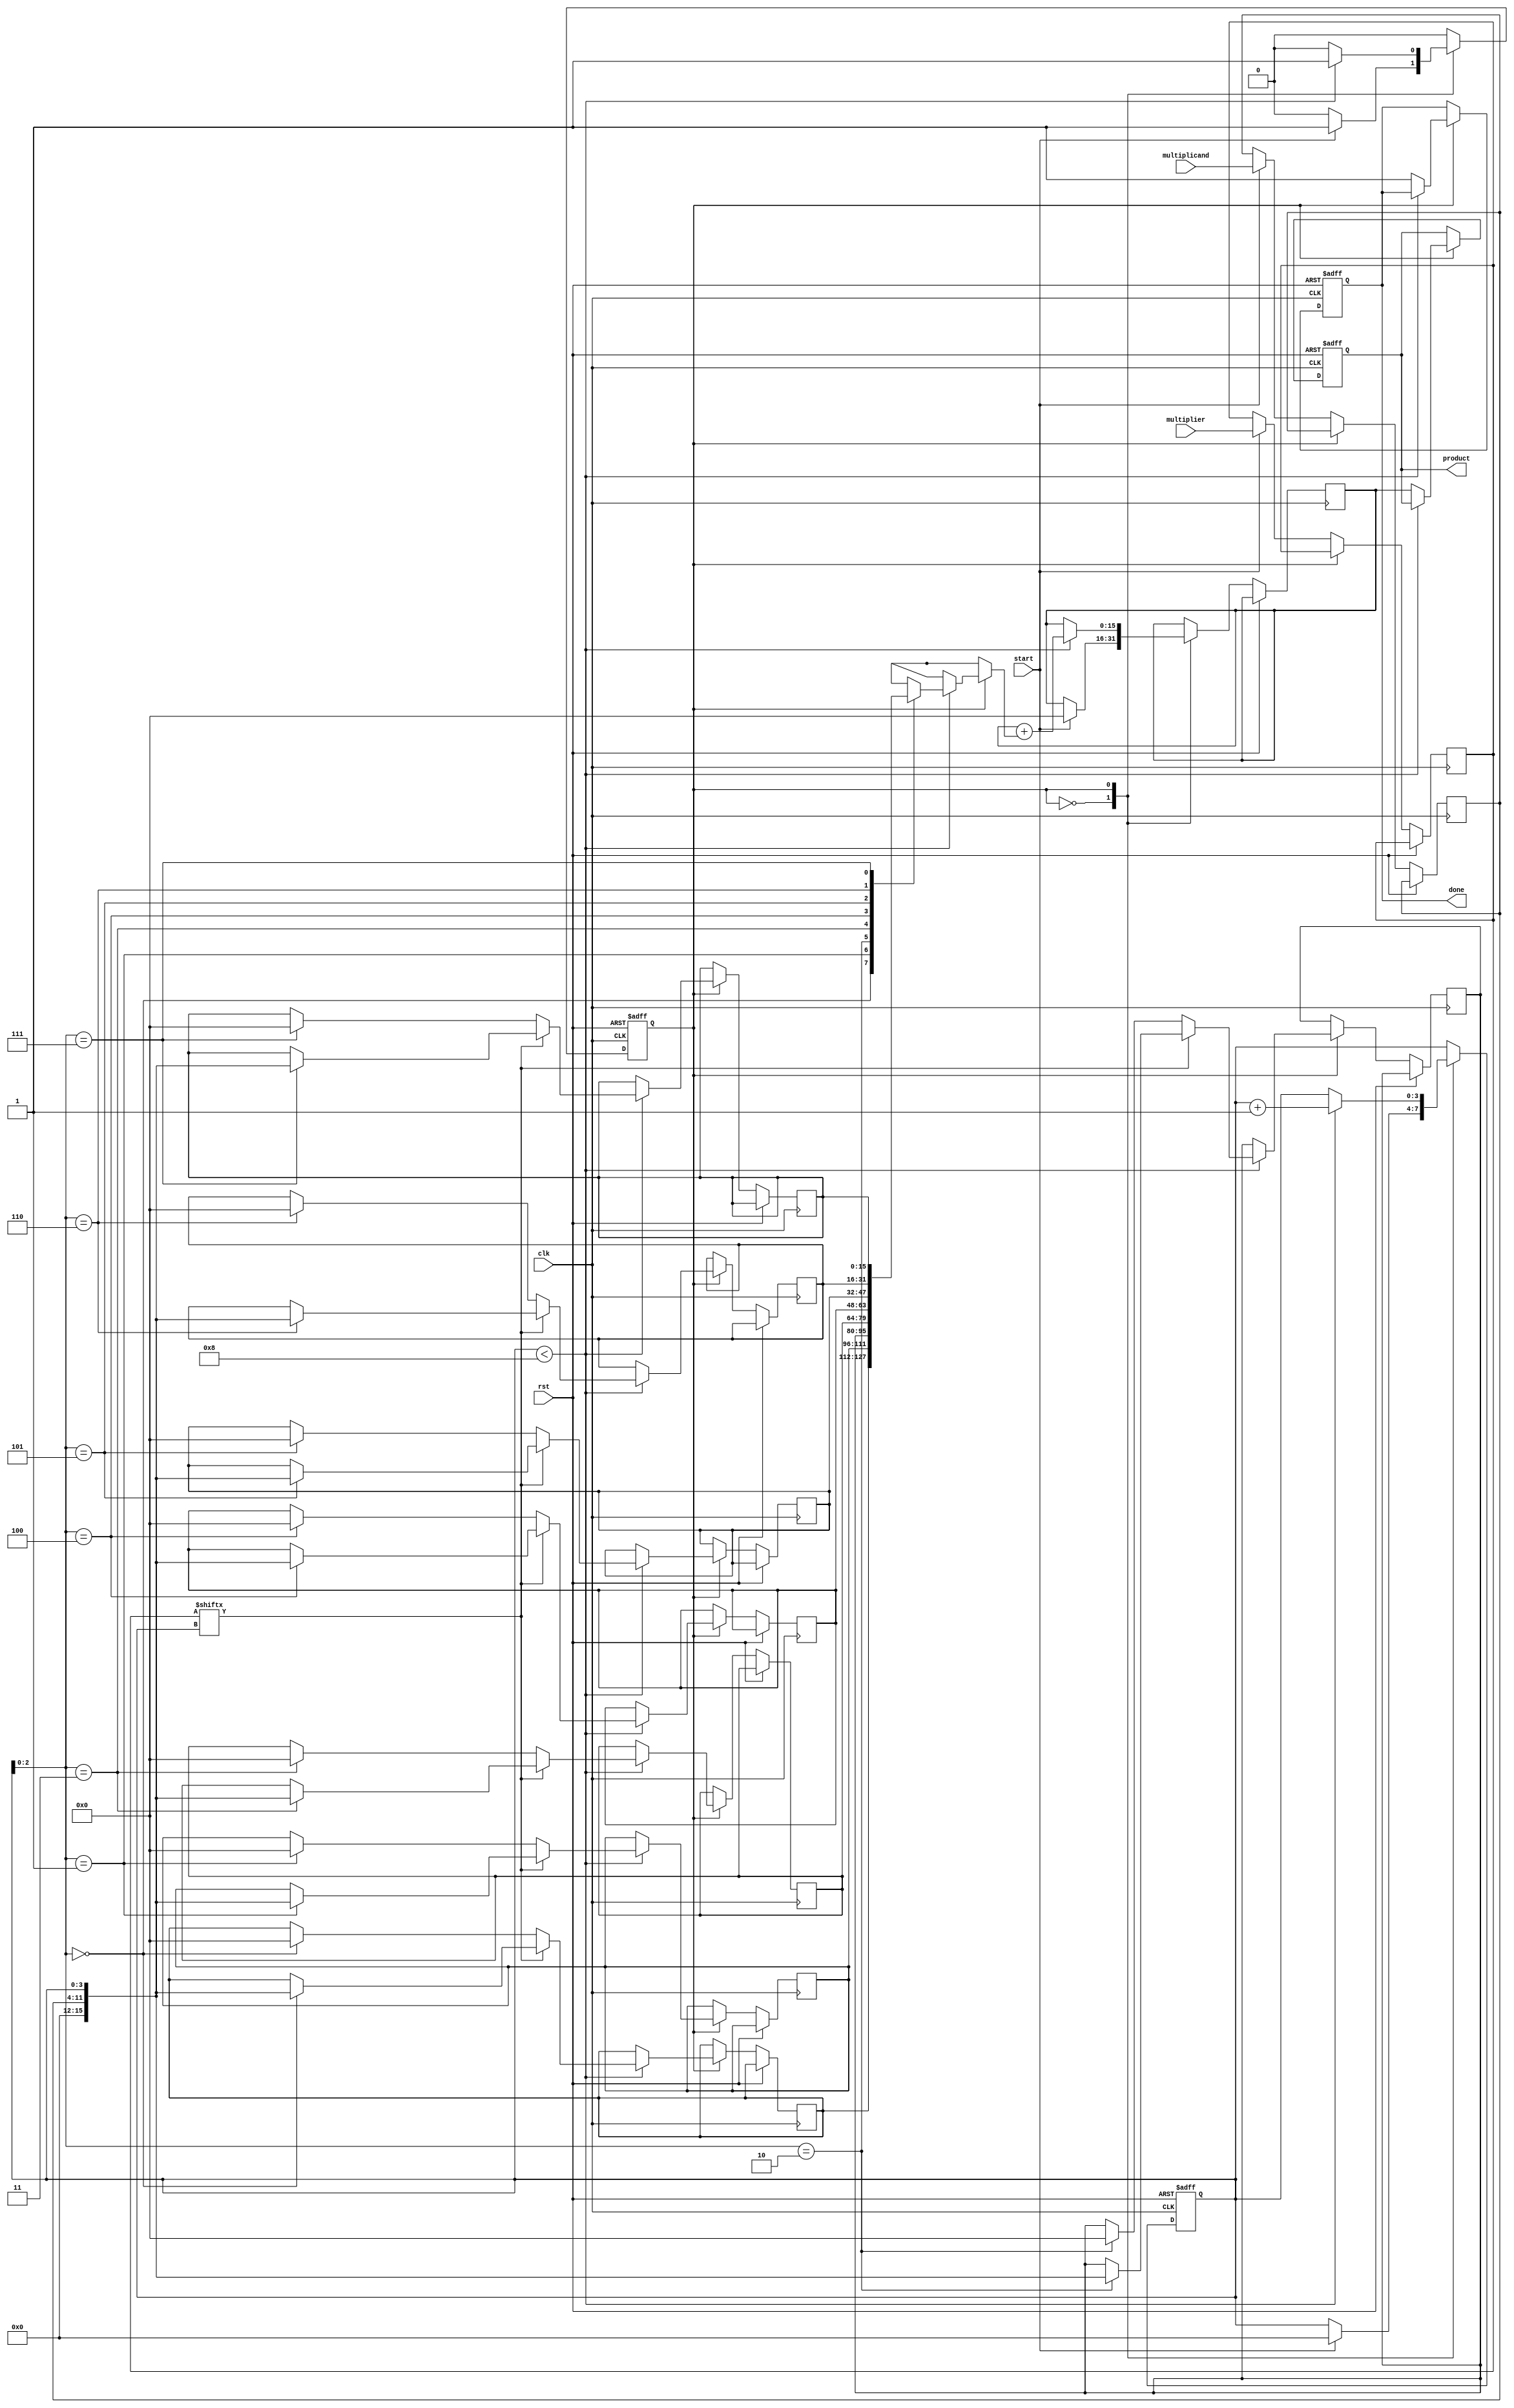
module radix2_multiplier #(parameter WIDTH = 8) (
    input wire clk,
    input wire rst,
    input wire [WIDTH-1:0] multiplicand,
    input wire [WIDTH-1:0] multiplier,
    input wire start,
    output reg [2*WIDTH-1:0] product,
    output reg done
);

    reg [WIDTH-1:0] A; // Multiplicand
    reg [WIDTH-1:0] B; // Multiplier
    reg [2*WIDTH-1:0] partial_product [0:WIDTH-1]; // Partial products
    reg [2*WIDTH-1:0] sum; // Sum of partial products
    reg [3:0] count; // Counter for bits processed
    reg state; // State for control logic

    localparam IDLE = 1'b0, PROCESS = 1'b1;

    always @(posedge clk or posedge rst) begin
        if (rst) begin
            product <= 0;
            done <= 0;
            count <= 0;
            state <= IDLE;
        end else begin
            case (state)
                IDLE: begin
                    if (start) begin
                        A <= multiplicand;
                        B <= multiplier;
                        count <= 0;
                        sum <= 0;
                        state <= PROCESS;
                    end
                end

                PROCESS: begin
                    if (count < WIDTH) begin
                        // Generate partial product
                        if (B[count]) begin
                            partial_product[count] <= {A, count}; // Shift multiplicand
                        end else begin
                            partial_product[count] <= 0;
                        end

                        // Accumulate the sum of partial products
                        sum <= sum + partial_product[count];
                        count <= count + 1;
                    end else begin
                        product <= sum; // Store final product
                        done <= 1; // Indicate completion
                        state <= IDLE; // Go back to IDLE state
                    end
                end
            endcase
        end
    end
endmodule